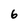
Character: 6